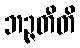
ဘဉ္ဇတီတိ